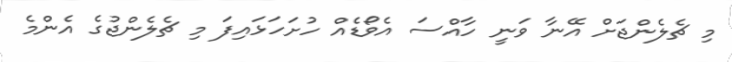
މި ޗެލެންޖަށް އޭނާ ވަނީ ހާއްސަ އެވޯޑެއް ހުށަހަޅައިފަ މި ޗެލެންޖުގެ އެންމެ